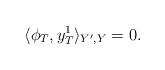
LaTeX: \begin{align*}\langle \phi_T, y_T^1\rangle_{Y', Y}=0.\end{align*}